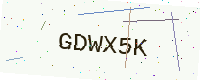
Text: GDWX5K